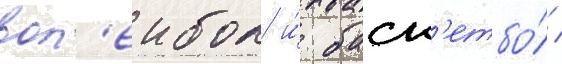
вол'еибол и́ баск'етбо́л /